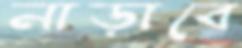
নাড়াবে